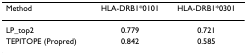
<table><thead><tr><td><b>Method</b></td><td><b>HLA-DRB1*0101</b></td><td><b>HLA-DRB1*0301</b></td></tr></thead><tbody><tr><td>LP_top2</td><td>0.779</td><td>0.721</td></tr><tr><td>TEPITOPE (Propred)</td><td>0.842</td><td>0.585</td></tr></tbody></table>